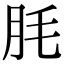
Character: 𦙤